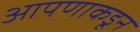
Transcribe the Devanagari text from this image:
आपणाकडून